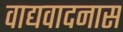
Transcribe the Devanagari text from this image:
वाद्यवादनास